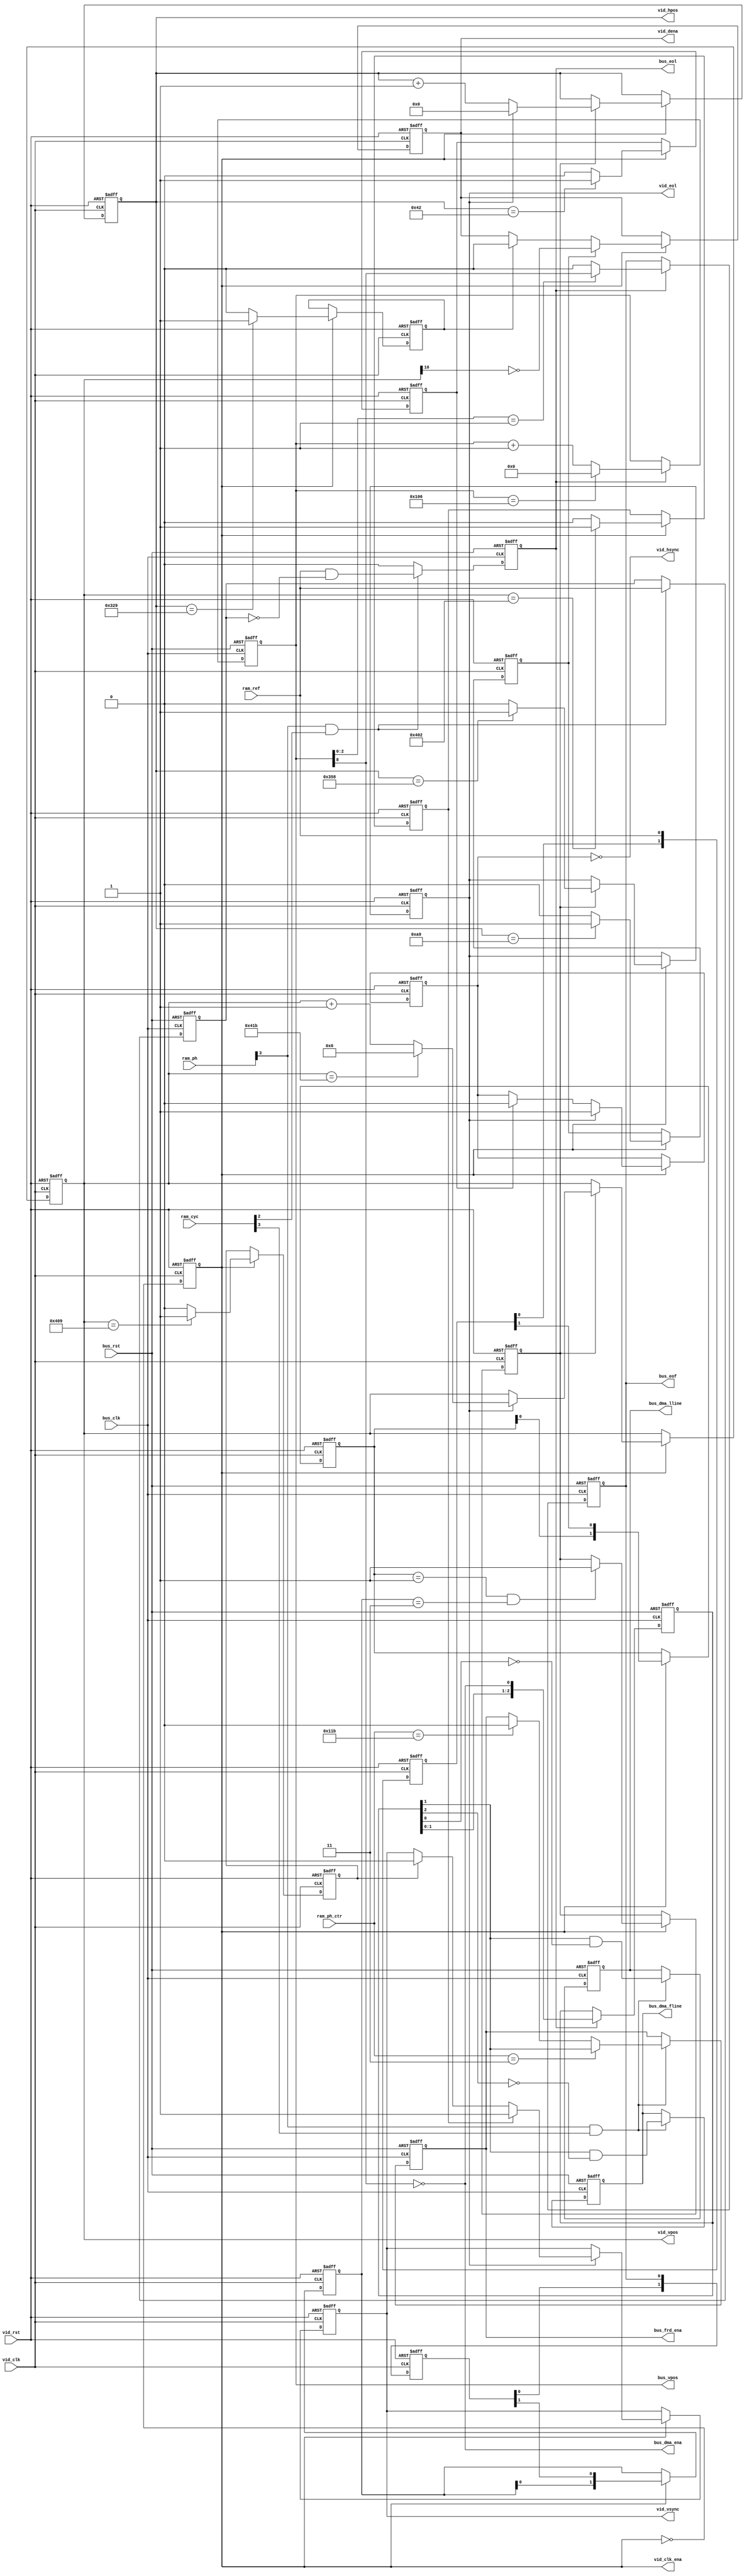
// Copyright 2008-2019 Frederic Requin
//
// This file is part of the 1943 FPGA core
//
// The 1943 FPGA core is free software; you can redistribute it and/or modify
// it under the terms of the GNU General Public License as published by
// the Free Software Foundation; either version 3 of the License, or
// (at your option) any later version.
//
// The 1943 FPGA core is distributed in the hope that it will be useful,
// but WITHOUT ANY WARRANTY; without even the implied warranty of
// MERCHANTABILITY or FITNESS FOR A PARTICULAR PURPOSE.  See the
// GNU General Public License for more details.
//
// You should have received a copy of the GNU General Public License
// along with this program.  If not, see <http://www.gnu.org/licenses/>.

module gpu_vbeam
(
    input         bus_rst,         // Bus reset
    input         bus_clk,         // Bus clock (72 MHz)
    
    input         ram_ref,         // SDRAM refresh active
    input   [3:0] ram_cyc,         // SDRAM cycles
    input   [3:0] ram_ph,          // SDRAM phases
    input   [8:0] ram_ph_ctr,      // SDRAM phase counter
    
    output        bus_eol,         // Bus end-of-line
    output        bus_eof,         // Bus end-of-frame
    output  [8:0] bus_vpos,        // Bus vertical pos
    output        bus_dma_ena,     // Bus DMAs enable
    output        bus_frd_ena,     // Bus FIFOs read enable
    output        bus_dma_fline,   // Bus DMA first line
    output        bus_dma_lline,   // Bus DMA last line
    
    input         vid_rst,         // Video reset
    input         vid_clk,         // Video clock (108 MHz)
    output        vid_clk_ena,     // Video clock enable
    
    output        vid_eol,         // Video end-of-line
    output  [9:0] vid_hpos,        // Horizontal position (0 - 857)
    output [10:0] vid_vpos,        // Vertical position (0 - 1047)
    output        vid_hsync,       // Horizontal synchro
    output        vid_vsync,       // Vertical synchro
    output        vid_dena         // Display enable
);

    // Bus timing :
    // ------------
    // 72 MHz bus clock (3 x 24)
    // 286 phases / line (line rate : 15734 Hz)
    // 4 bank access / phase
    // 4 clocks / bank access
    // 4576 clocks / line
    // 263 lines / frame
    
    // 128 sprites / line
    // 572 Z80 access / line
    // 2 x 4 map access / line
    // 2 x 16 tile access / line
    // 32 char access / line
    
    // Video timing :
    // --------------
    // 108 MHz pixel clock (4.5 x 24)
    // 1716 clocks / line (line rate : 62937 Hz)
    // 1052 lines / frame
    // 59.826 Hz frame rate

    // =============================================
    // Vertical position : 0 - 262 (bus clock)
    // =============================================
    
    reg [8:0] r_bus_vpos; // Vertical position
    reg       r_bus_eof;  // End of frame
    reg       r_bus_eol;  // End of line
    reg       r_bus_frd;  // FIFO read enable
    reg       r_bus_fl;   // First line
    reg       r_bus_ll;   // Last line
    
    always@(posedge bus_rst or posedge bus_clk) begin : BUS_VPOS
        reg       v_ref_dly;
        reg [2:0] v_dma_dly;
    
        if (bus_rst) begin
            r_bus_vpos <= 9'd256;
            r_bus_eof  <= 1'b0;
            r_bus_eol  <= 1'b0;
            r_bus_frd  <= 1'b0;
            r_bus_fl   <= 1'b0;
            r_bus_ll   <= 1'b0;
            v_ref_dly  <= 1'b0;
            v_dma_dly  <= 3'b000;
        end
        else begin
            // Vertical position
            if (r_bus_eol) begin
                r_bus_vpos <= (r_bus_vpos == 9'd262) ? 9'd0 : r_bus_vpos + 9'd1;
            end
            // End of frame
            if (r_bus_eol) begin
                r_bus_eof  <= (r_bus_vpos[2:0] == 3'b001) ? r_bus_vpos[8] : 1'b0;
            end
            // End of line
            if (ram_ph[3] & ram_cyc[2]) begin
                r_bus_eol <= ram_ref & ~v_ref_dly;
                v_ref_dly <= ram_ref;
            end
            else begin
                r_bus_eol <= 1'b0;
            end
            // FIFOs read enable
            if (ram_ph[3] & ram_cyc[3]) begin
                if (ram_ph_ctr == 9'd3)
                    r_bus_frd <= v_dma_dly[1];
                else if (ram_ph_ctr == 9'd283)
                    r_bus_frd <= 1'b0;

                    // First line read
                r_bus_fl <= v_dma_dly[1] & ~v_dma_dly[2];
                // Last line read
                r_bus_ll <= v_dma_dly[1] & ~v_dma_dly[0];
            end
            if (r_bus_eol)
                v_dma_dly <= { v_dma_dly[1:0], ~r_bus_vpos[8] };
        end
    end
    
    assign bus_eol       = r_bus_eol;
    assign bus_eof       = r_bus_eof;
    assign bus_vpos      = r_bus_vpos;
    assign bus_dma_ena   = ~r_bus_vpos[8];
    assign bus_frd_ena   = r_bus_frd;
    assign bus_dma_fline = r_bus_fl;
    assign bus_dma_lline = r_bus_ll;

    // =============================================
    // Vertical position   : 0 - 1051 (video clock)
    // Horizontal position : 0 -  857 (video clock)
    // =============================================
    
    reg [10:0] r_vid_vpos;    // Vertical position
    reg  [9:0] r_vid_hpos;    // Horizontal position
    reg        r_vid_eol;     // End of line
    reg        r_vid_lock;    // Video locked
    reg        r_vid_clk_ena; // Clock enable
    
    always@(posedge vid_rst or posedge vid_clk) begin : VID_HVPOS
        reg [1:0] v_ref_cc;
        reg [1:0] v_ref_dly;
        reg [1:0] v_eof_cc;
        reg [1:0] v_eof_dly;
    
        if (vid_rst) begin
            r_vid_vpos    <= 11'd1024;
            r_vid_hpos    <= 10'd0;
            r_vid_eol     <= 1'b0;
            r_vid_lock    <= 1'b0;
            r_vid_clk_ena <= 1'b0;
            v_ref_cc      <= 2'b00;
            v_ref_dly     <= 2'b00;
            v_eof_cc      <= 2'b00;
            v_eof_dly     <= 2'b00;
        end
        else begin
            if (r_vid_clk_ena) begin
                if (r_vid_lock) begin
                    // Vertical position
                    if (r_vid_eol) begin
                        r_vid_vpos <= (r_vid_vpos == 11'd1051) ? 11'd0 : r_vid_vpos + 11'd1;
                    end
                    // Horizontal position
                    if (r_vid_eol)
                        r_vid_hpos <= 10'd0;
                    else
                        r_vid_hpos <= r_vid_hpos + 10'd1;
                    r_vid_eol  <= (r_vid_hpos == 10'd856) ? 1'b1 : 1'b0;
                end
                // Lock signal on end of frame
                if ((v_ref_dly == 2'b01) && (v_eof_dly == 2'b11)) begin
                    r_vid_lock <= 1'b1;
                end
                // Delayed signal
                v_ref_dly <= { v_ref_dly[0], v_ref_cc[1] };
                v_eof_dly <= { v_eof_dly[0], v_eof_cc[1] };
            end
            r_vid_clk_ena <= ~r_vid_clk_ena;
            // Clock domain crossing (72 MHz -> 54 MHz)
            v_ref_cc <= { v_ref_cc[0], ram_ref };
            v_eof_cc <= { v_eof_cc[0], r_bus_eof };
        end
    end
    
    assign vid_eol     = r_vid_eol;
    assign vid_hpos    = r_vid_hpos;
    assign vid_vpos    = r_vid_vpos;
    assign vid_clk_ena = r_vid_clk_ena;
    
    // =============================================
    // Vertical synchro   : 7 lines
    // Horizontal synchro : 68 cycles
    // Display enable     : 640 cycles
    // =============================================
    
    reg        r_vid_vsync;  // Vertical synchro
    reg        r_vid_hsync;  // Horizontal synchro
    reg        r_vid_dena;   // Display enable
    
    always@(posedge vid_rst or posedge vid_clk) begin : VID_HVSYNC
        reg        v_vsstrt;
        reg        v_vsstop;
        reg        v_hsstop;
        reg        v_destrt;
        reg        v_destop;
        
        if (vid_rst) begin
          r_vid_vsync <= 1'b0;
          r_vid_hsync <= 1'b0;
          r_vid_dena  <= 1'b0;
          v_vsstrt    <= 1'b0;
          v_vsstop    <= 1'b0;
          v_hsstop    <= 1'b0;
          v_destrt    <= 1'b0;
          v_destop    <= 1'b0;
        end
        else begin
            if (r_vid_clk_ena) begin
                // Vertical synchro (line 1027 - 1033)
                if (r_vid_eol) begin
                    if (v_vsstrt)
                       r_vid_vsync <= 1'b1;
                    else if (v_vsstop)
                       r_vid_vsync <= 1'b0;
                end
                v_vsstrt <= (r_vid_vpos == 11'd1026) ? 1'b1 : 1'b0;
                v_vsstop <= (r_vid_vpos == 11'd1033) ? 1'b1 : 1'b0;
                
                // Horizontal synchro (cycles 0 - 67)
                if (r_vid_eol)
                    r_vid_hsync <= 1'b1;
                else if (v_hsstop)
                    r_vid_hsync <= 1'b0;
                v_hsstop <= (r_vid_hpos == 10'd66) ? 1'b1 : 1'b0;
                
                // Display enable (cycles 171 - 810 & lines 0 - 1023)
                // -6 cycles to compensate for the 6-cycle latency in the scandoubler
                if (v_destrt)
                    r_vid_dena  <= ~r_vid_vpos[10];
                else if (v_destop)
                    r_vid_dena  <= 1'b0;
                v_destrt <= (r_vid_hpos == 10'd169) ? 1'b1 : 1'b0;
                v_destop <= (r_vid_hpos == 10'd809) ? 1'b1 : 1'b0;
            end
        end
    end
    
    assign vid_dena  =  r_vid_dena;
    assign vid_hsync = ~r_vid_hsync;
    assign vid_vsync =  r_vid_vsync;

endmodule